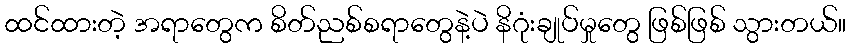
ထင်ထားတဲ့ အရာတွေက စိတ်ညစ်စရာတွေနဲ့ပဲ နိဂုံးချုပ်မှုတွေ ဖြစ်ဖြစ် သွားတယ်။